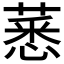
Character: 𦸝